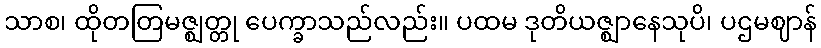
သာစ၊ ထိုတတြမဇ္ဈတ္တု ပေက္ခာသည်လည်း။ ပထမ ဒုတိယဇ္ဈာနေသုပိ၊ ပဌမဈာန်